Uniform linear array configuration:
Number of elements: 48
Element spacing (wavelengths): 1
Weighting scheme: exponential
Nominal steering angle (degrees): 60
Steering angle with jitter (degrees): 61.366
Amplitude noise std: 0.05
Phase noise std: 0.05

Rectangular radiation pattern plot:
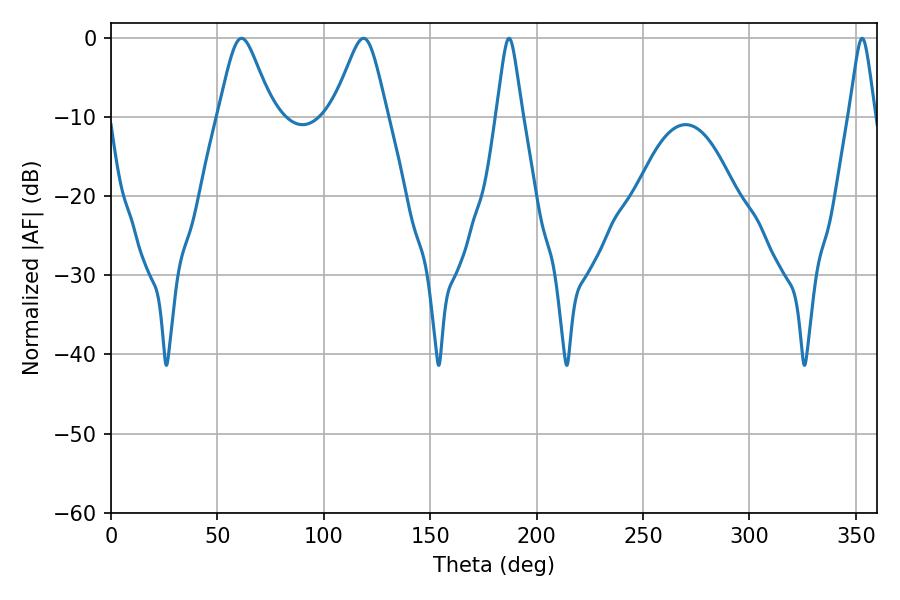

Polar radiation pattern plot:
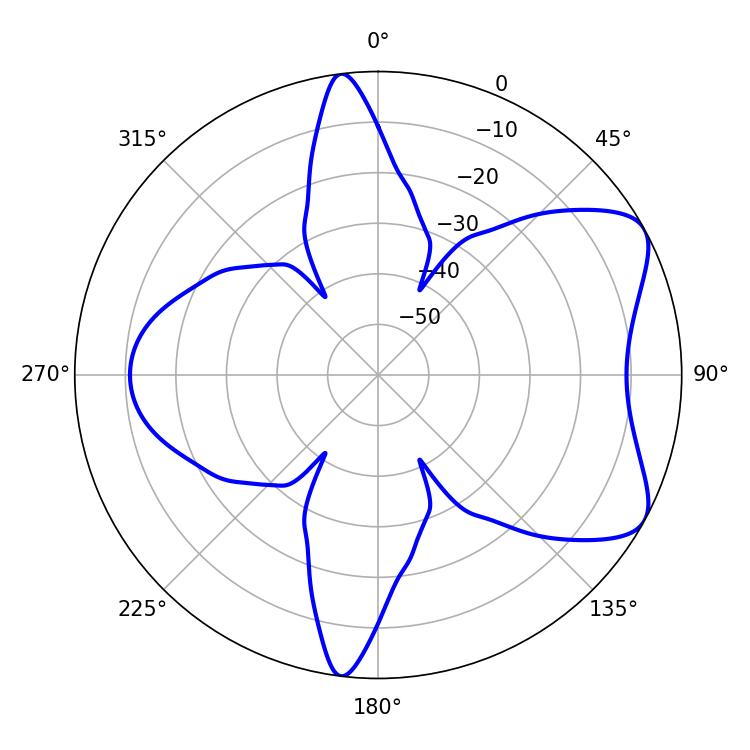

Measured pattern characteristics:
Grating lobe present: TRUE
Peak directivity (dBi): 6.831
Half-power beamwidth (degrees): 5.76
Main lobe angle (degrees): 187.02